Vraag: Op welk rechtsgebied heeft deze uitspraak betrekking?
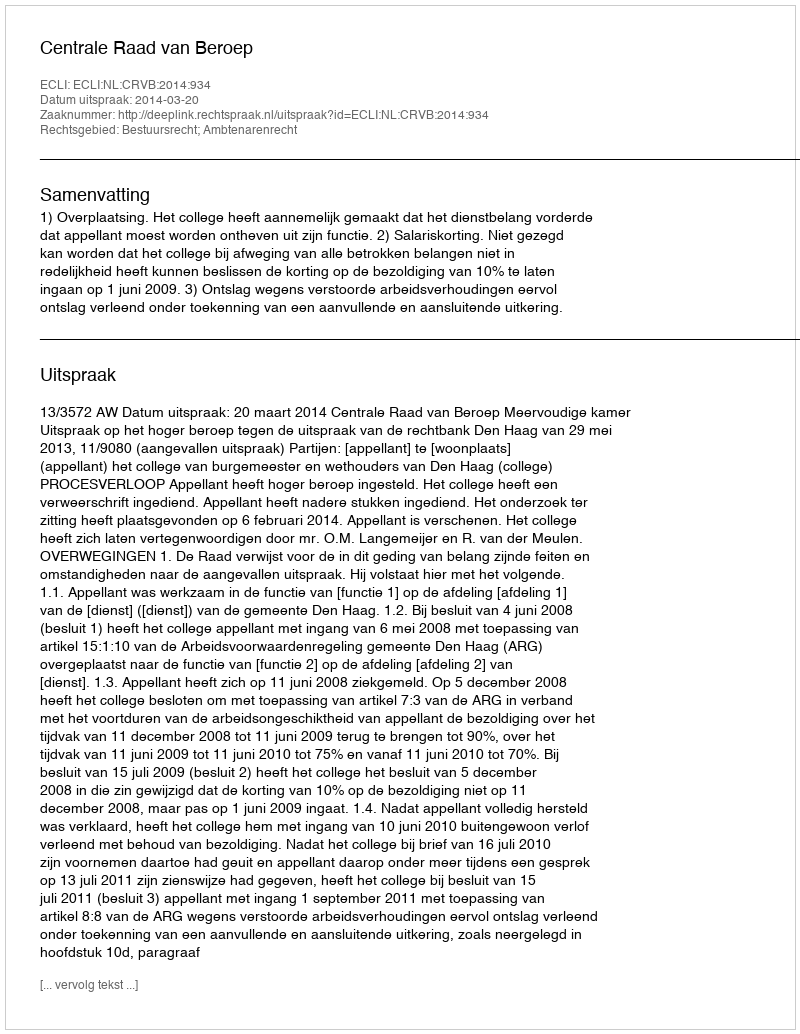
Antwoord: Bestuursrecht; Ambtenarenrecht